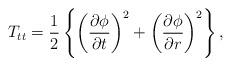
LaTeX: \begin{align*}T_{tt} =\frac{1}{2} \left\{\left( \frac{\partial \phi}{\partial t} \right)^2 +\left( \frac{\partial \phi}{\partial r} \right)^2\right\},\end{align*}